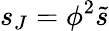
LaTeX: s_{J}=\phi^{2}\tilde{s}